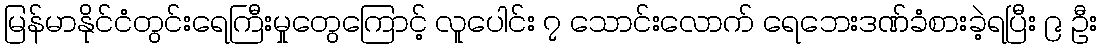
မြန်မာနိုင်ငံတွင်းရေကြီးမှုတွေကြောင့် လူပေါင်း ၇ သောင်းလောက် ရေဘေးဒဏ်ခံစားခဲ့ရပြီး ၉ ဦး